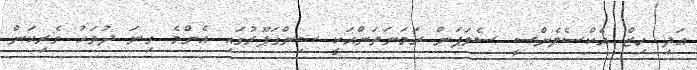
އަދި ހިޒް އެކްސެލެންސީ ސެލަޕަން ރަމަނަތަންއަކީ ސިންގަޕޫރުގައި އެންމެ ގިނަ ދުވަހު ވެރިކަން